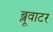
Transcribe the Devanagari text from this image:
ब्लूवाटर